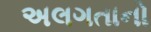
અલગતાનો